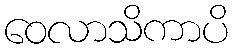
ဝေလာသိကာပိ